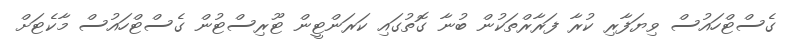
ގެސްޓްހައުސް ވިޔަފާރި ކުރާ ފަރާރްތަކުން ބުނާ ގޮތުގައި ކަރަންޓީން ޓޫރިސްޓުން ގެސްޓްހައުސް މާކެޓަށް